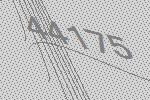
44175